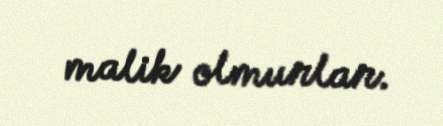
malik olmurlar.